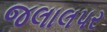
જલાલપર